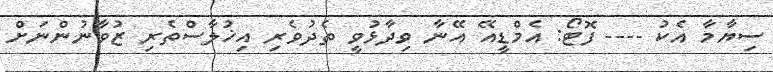
ސިޔާމާ އެކު ---- ފޮޓޯ: އެމްޑީއޭ އޭނާ ވިދާޅުވީ ތެދުވެރި އިޚުލާސްތެރި ޒުވާނުންނަށް